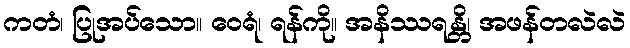
ကတံ၊ ပြုအပ်သော။ ဝေရံ၊ ရန်ကို။ အနိဿရန္တိ၊ အဖန်တလဲလဲ